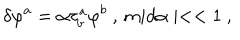
\delta \varphi ^ { a } = \alpha \tau _ { b } ^ { a } \varphi ^ { b } \ , \, m i d \alpha \mid < < 1 \ ,